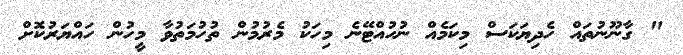
" ގާނޫނުތައް ހެދިޔަކަސް މިކަމެއް ނުހުއްޓޭނެ މިހަކު މެރުމުން ތުހުމަތުވާ މީހުން ހައްޔަރުކޮށް